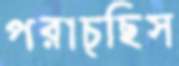
পরাচ্ছিস